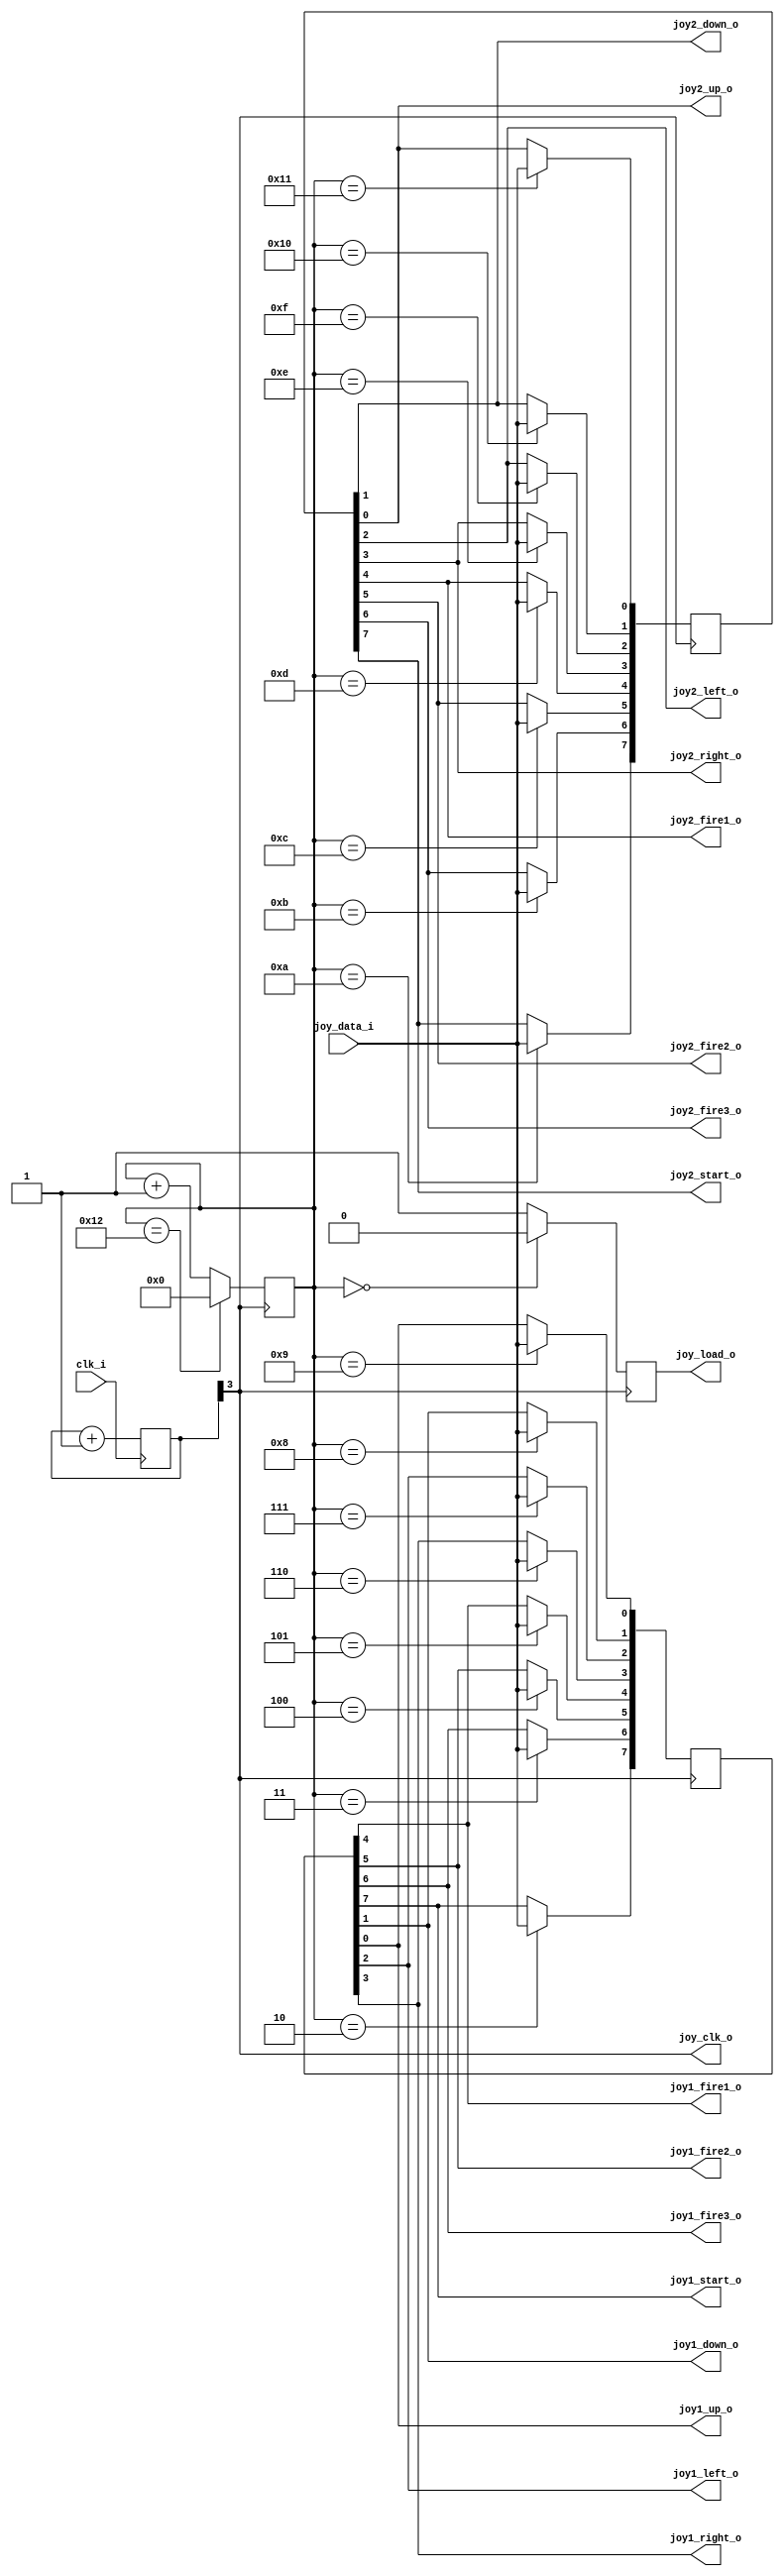
`timescale 1ns / 1ps
`default_nettype none

//////////////////////////////////////////////////////////////////////////////////
// Company: 
// Engineer: 
// 
// Design Name: 
// Module Name:    joydecoder 
// Project Name: 
// Target Devices: 
// Tool versions: 
// Description: 
//
// Dependencies: 
//
// Revision: 
// Revision 0.01 - File Created
// Additional Comments: 
//
//////////////////////////////////////////////////////////////////////////////////

module neptuno_joydecoder (
//-------------------------------------------
  input wire clk_i,//si reloj de entrada en este caso 1.3888Mhz va a patilla 11 integrado
  input wire joy_data_i,//datos serializados patilla viene de la patilla 9 integrado
  output wire joy_clk_o,//este reloj no se usa
  output wire joy_load_o,//este reloj negado se usa directamente en las patillas 12 y 13

//-----------------------------------------
  output wire joy1_up_o,
  output wire joy1_down_o,
  output wire joy1_left_o,
  output wire joy1_right_o,
  output wire joy1_fire1_o,
  output wire joy1_fire2_o,
  output wire joy1_fire3_o,
  output wire joy1_start_o,
  output wire joy2_up_o,
  output wire joy2_down_o,
  output wire joy2_left_o,
  output wire joy2_right_o,
  output wire joy2_fire1_o,
  output wire joy2_fire2_o,
  output wire joy2_fire3_o,
  output wire joy2_start_o
  );
  

     // Divisor de relojes
  reg [7:0] delay_count = 8'd0;
  wire ena_x;
  
  always @ (posedge clk_i) 
  begin
      delay_count <= delay_count + 1'b1;       
  end
    
  //assign ena_x = delay_count[3]; //para clk aprox, 4Mhz
  //assign ena_x = delay_count[4]; //para clk aprox, 8Mhz
  //assign ena_x = delay_count[5]; //para clk aprox, 16Mhz
  
  assign ena_x = delay_count[3];
  
  

   reg [11:0] joy1  = 12'hFFF, joy2  = 12'hFFF;

   reg joy_renew = 1'b1;
   reg [4:0]joy_count = 5'd0;
   
   assign joy_clk_o = ena_x;
   assign joy_load_o = joy_renew;
  
   assign joy1_up_o    = joy1[0];
   assign joy1_down_o  = joy1[1];
   assign joy1_left_o  = joy1[2];
   assign joy1_right_o = joy1[3];
   assign joy1_fire1_o = joy1[4];
   assign joy1_fire2_o = joy1[5];
   assign joy1_fire3_o = joy1[6];
   assign joy1_start_o = joy1[7];
   assign joy2_up_o    = joy2[0];
   assign joy2_down_o  = joy2[1];
   assign joy2_left_o  = joy2[2];
   assign joy2_right_o = joy2[3];
   assign joy2_fire1_o = joy2[4];
   assign joy2_fire2_o = joy2[5];
   assign joy2_fire3_o = joy2[6];
   assign joy2_start_o = joy2[7];
  

  always @(posedge ena_x) 
    begin 
      if (joy_count == 5'd0) 
      begin
         joy_renew <= 1'b0;
        end 
    else 
      begin
         joy_renew <= 1'b1;
        end
      if (joy_count == 5'd18) 
      begin
         joy_count <= 5'd0;
        end
    else 
      begin
         joy_count <= joy_count + 1'd1;
        end      
     end
   always @(posedge ena_x) begin
         case (joy_count)
            5'd2  : joy1[7]  <= joy_data_i;   //  1p start
            5'd3  : joy1[6]  <= joy_data_i;   //  1p fire3
            5'd4  : joy1[5]  <= joy_data_i;   //  1p fire2
            5'd5  : joy1[4]  <= joy_data_i;   //  1p fire1
            5'd6  : joy1[3]  <= joy_data_i;   //  1p right
            5'd7  : joy1[2]  <= joy_data_i;   //  1p left
            5'd8  : joy1[1]  <= joy_data_i;   //  1p down
            5'd9  : joy1[0]  <= joy_data_i;   //  1p up
            5'd10 : joy2[7]  <= joy_data_i;   //  2p start
            5'd11 : joy2[6]  <= joy_data_i;   //  2p fire3
            5'd12 : joy2[5]  <= joy_data_i;   //  2p fire2
            5'd13 : joy2[4]  <= joy_data_i;   //  2p fire1
            5'd14 : joy2[3]  <= joy_data_i;   //  2p right
            5'd15 : joy2[2]  <= joy_data_i;   //  2p left
            5'd16 : joy2[1]  <= joy_data_i;   //  2p down
            5'd17 : joy2[0]  <= joy_data_i;   //  2p up

         endcase              
      end
endmodule